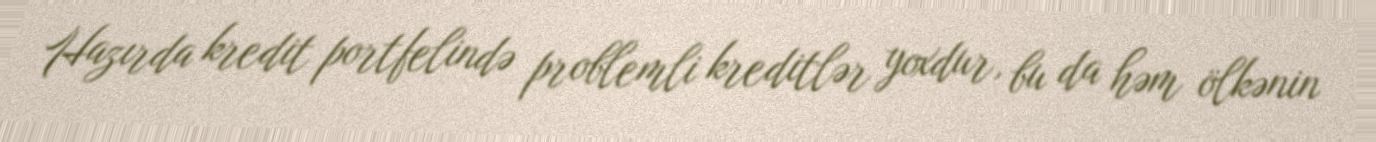
Hazırda kredit portfelində problemli kreditlər yoxdur, bu da həm ölkənin